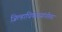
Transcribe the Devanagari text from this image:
जिल्हाधिकार्‍यांनीतर